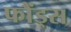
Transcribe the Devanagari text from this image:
फौंड्स